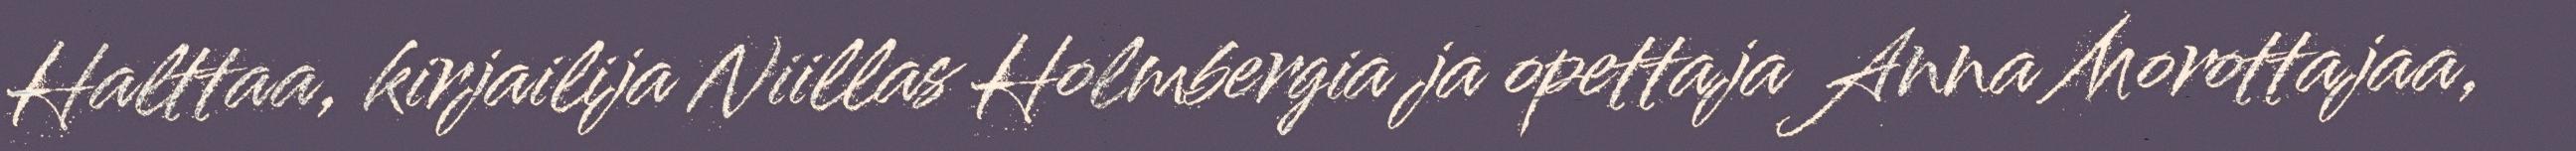
Halttaa, kirjailija Niillas Holmbergia ja opettaja Anna Morottajaa,